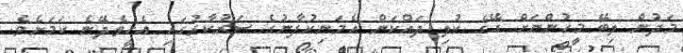
މަދުން ލިބޭ މީހުންނަށް ގޭގެ ކުލި ދައްކަން އެމަނިކުފާނުގެ ސަރުކާރުގައި އެހީވެދޭނެ ކަމަށެވެ.